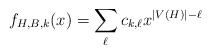
\begin{align*}f_{H,B,k}(x)=\sum_\ell c_{k,\ell}x^{|V(H)|-\ell}\end{align*}